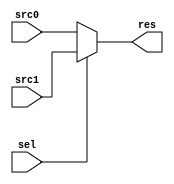
module MUX(
    input sel,
    input [31:0] src0, src1,
    output [31:0] res
);
    assign res = (sel == 1'b0)? src0: src1;
endmodule